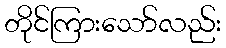
တိုင်ကြားသော်လည်း